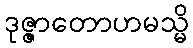
ဒုဇ္ဇာတောဟမသ္မိ